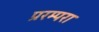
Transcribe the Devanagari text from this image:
प्ररम्परा